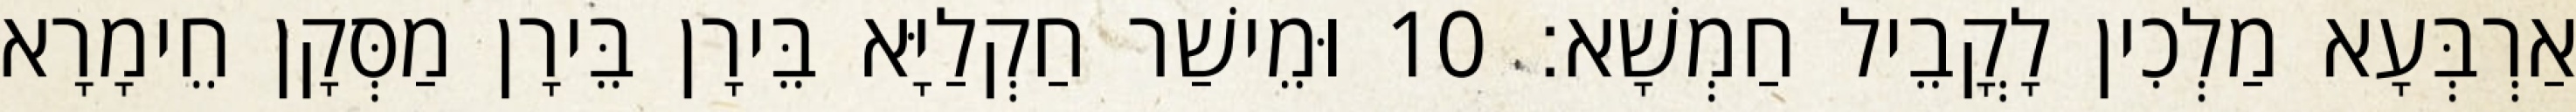
אַרְבְּעָא מַלְכִין לָקֳבֵיל חַמְשָׁא׃ 10 וּמֵישַׁר חַקְלַיָּא בֵּירָן בֵּירָן מַסְּקָן חֵימָרָא